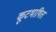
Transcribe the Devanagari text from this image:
कूटभाषित